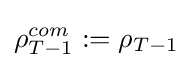
\rho _{T-1}^{com}:=\rho _{T-1}